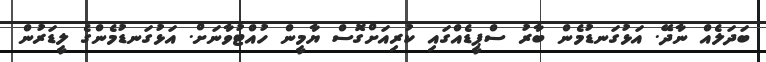
ބަދަލެއް ނާދޭ. އަޅުގަނޑުމެން ބާރު ސްޕީޑެއްގައި ކުރިއަށްގޮސް ޔާމީން ހުއްޓުވާނަށް. އަޅުގަނޑުމެންގެ ލީޑަރުން